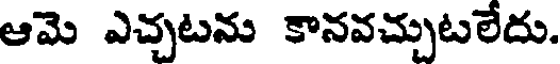
ఆమె ఎచ్చటను కానవచ్చుటలేదు.